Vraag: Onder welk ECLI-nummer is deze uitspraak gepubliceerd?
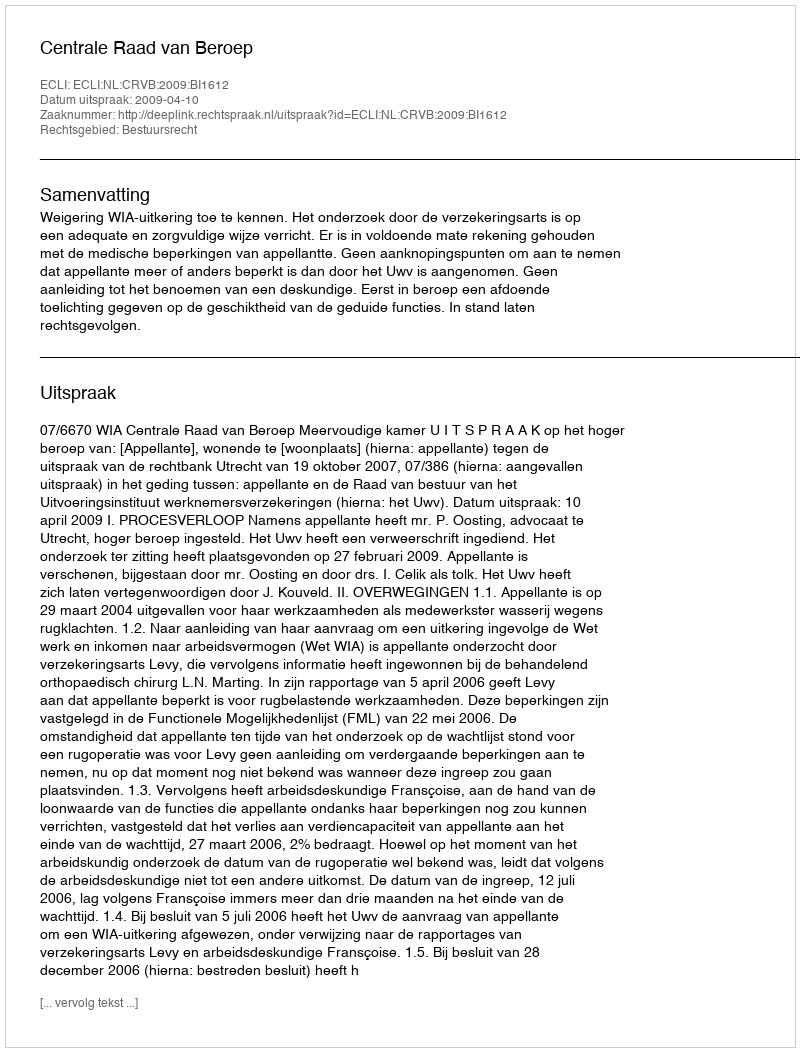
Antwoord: ECLI:NL:CRVB:2009:BI1612